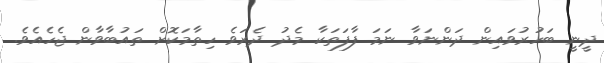
ދީނީ ބަހުރުވައިން ދަންނަވާ ނަމަ ފާފަތަކާ މެދު ދެރަވެ ހިތާމަކޮށް ތައުބާވާން ޖެހެއެވެ.